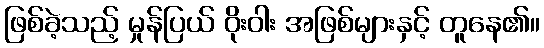
ဖြစ်ခဲ့သည့် မှုန်ပြယ် ဝိုးဝါး အဖြစ်များနှင့် တူနေ၏။